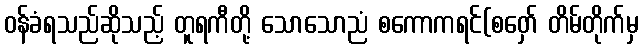
ဝန်ခံရသည်ဆိုသည့် တူရကီတို့ သောသောညံ စကောကရင်(စဝှော် တိမ်တိုက်မှ